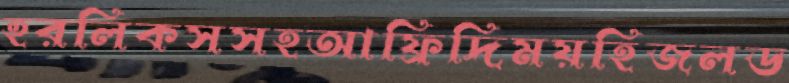
হরলিকসসহআফ্রিদিময়হিজলড